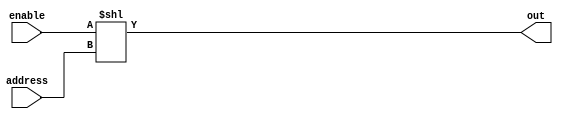
module decoder1to32
(
  output[31:0] out,
  input        enable,
  input[4:0]   address
);
  assign out = enable << address; 
endmodule